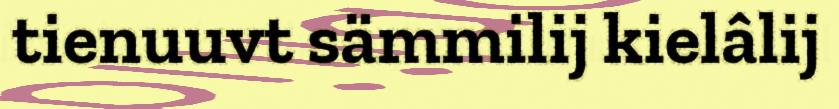
tienuuvt sämmilij kielâlij